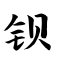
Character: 钡